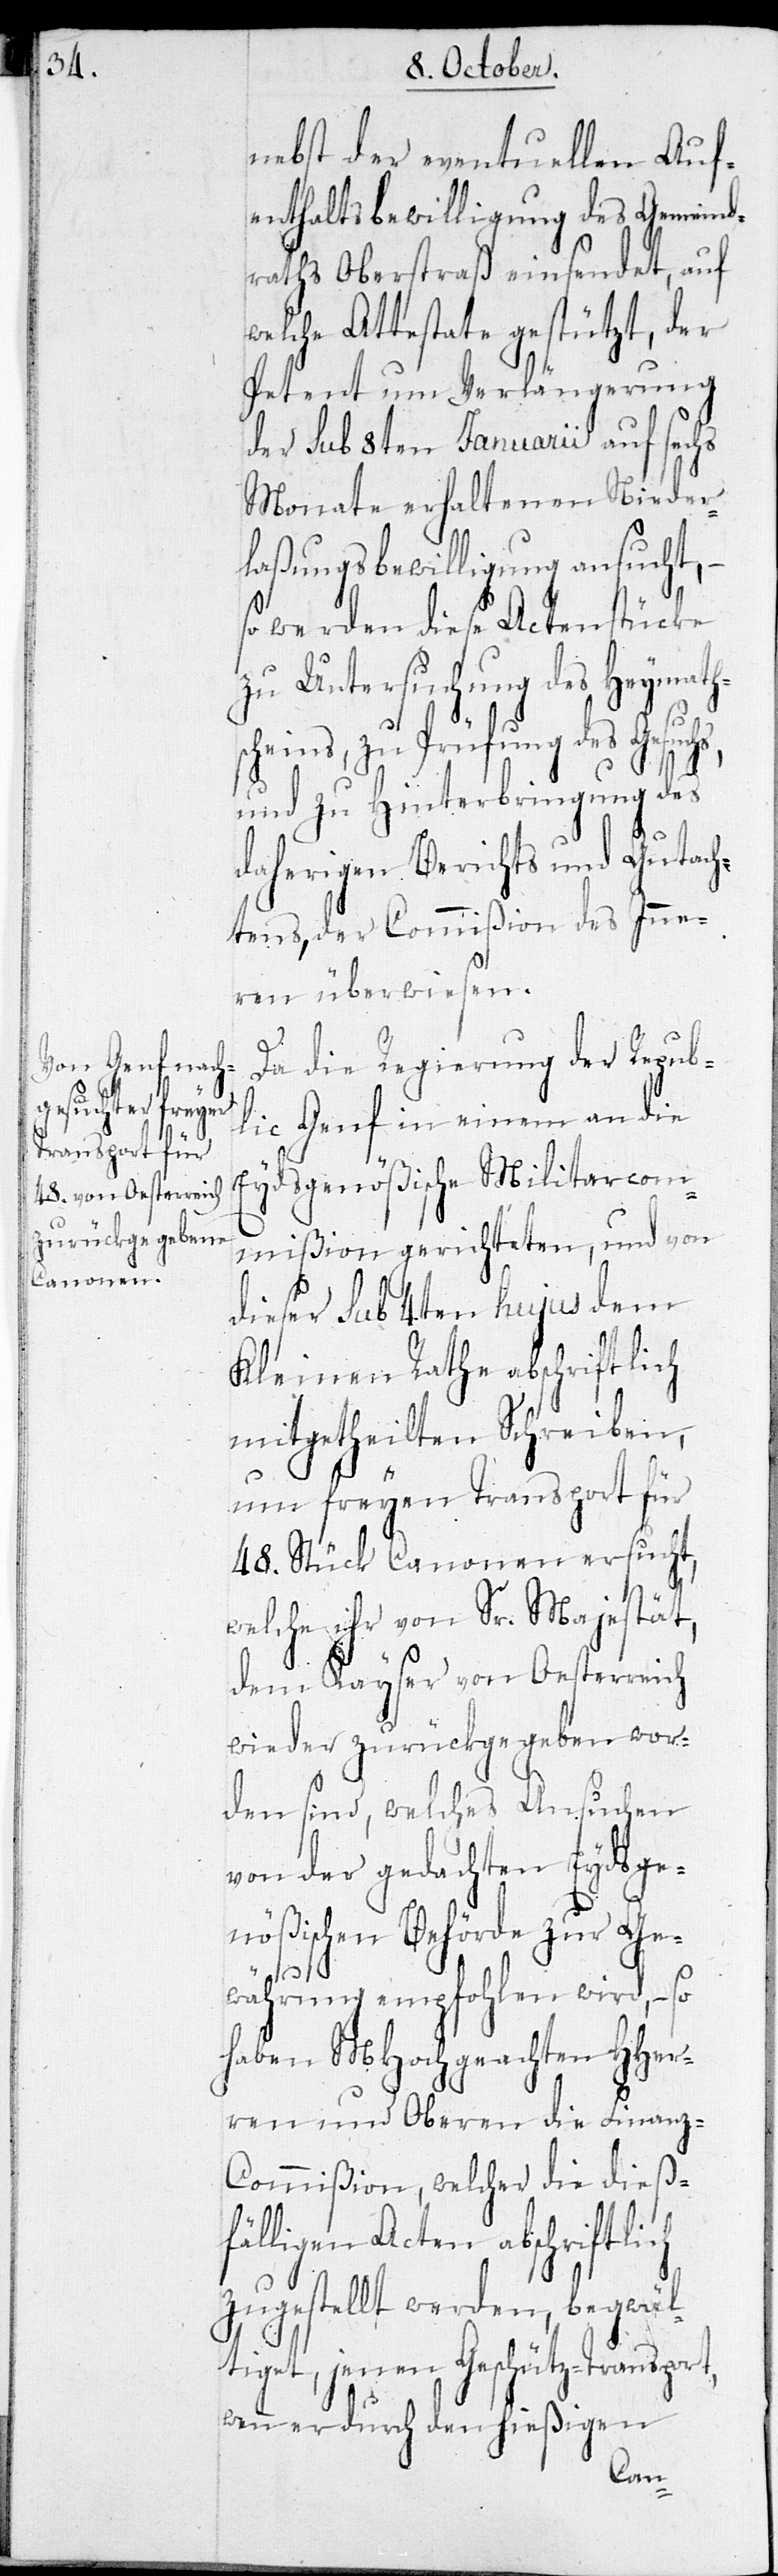
nebst der eventuellen Auf¬
enthaltsbewilligung des Gemeind¬
raths Oberstraß einsendet, auf
welche Attestate gestützt, der
Petent um Verlängerung
der sub 8ten Januarii auf sechs
Monate erhaltenen Nieder¬
laßungsbewilligung ansucht, –
so werden diese Actenstücke
zu Untersuchung des Heymath¬
scheins, zu Prüfung des Gesuchs,
und zu Hinterbringung des
daherigen Berichts und Gutach¬
tens, der Commißion des Inne¬
ren überwiesen.
Da die Regierung der Repub¬
lic Genf in einem an die
Eydsgenößische Militarcom¬
mißion gerichteten, und von
dieser sub 4ten hujus dem
Kleinen Rathe abschriftlich
mitgetheilten Schreiben,
um freyen Transport für
48. Stück Canonen ersucht,
welche ihr von Sr. Majestät,
dem Kayser von Oesterreich
wieder zurückgegeben wor¬
den sind, welches Ansuchen
von der gedachten Eydsge¬
nößischen Behörde zur Ge¬
währung empfohlen wird, – so
haben MHochgeachten HHer¬
ren und Oberen die Finanz-C¬
ommißion, welcher die dieß¬
fälligen Acten abschriftlich
zugestellt werden, begwäl¬
tiget, jenen Geschütz-Transport
wenn er durch den hießigen